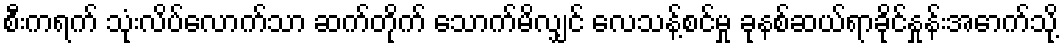
စီးကရက် သုံးလိပ်လောက်သာ ဆက်တိုက် သောက်မိလျှင် လေသန့်စင်မှု ခုနစ်ဆယ်ရာခိုင်နှုန်းအောက်သို့